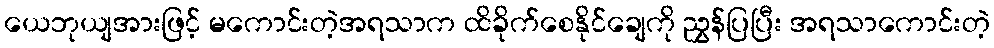
ယေဘုယျအားဖြင့် မကောင်းတဲ့အရသာက ထိခိုက်စေနိုင်ချေကို ညွှန်ပြပြီး အရသာကောင်းတဲ့